Report on vaccination in the Province of Bengal - 1874-1889
Year: 1874
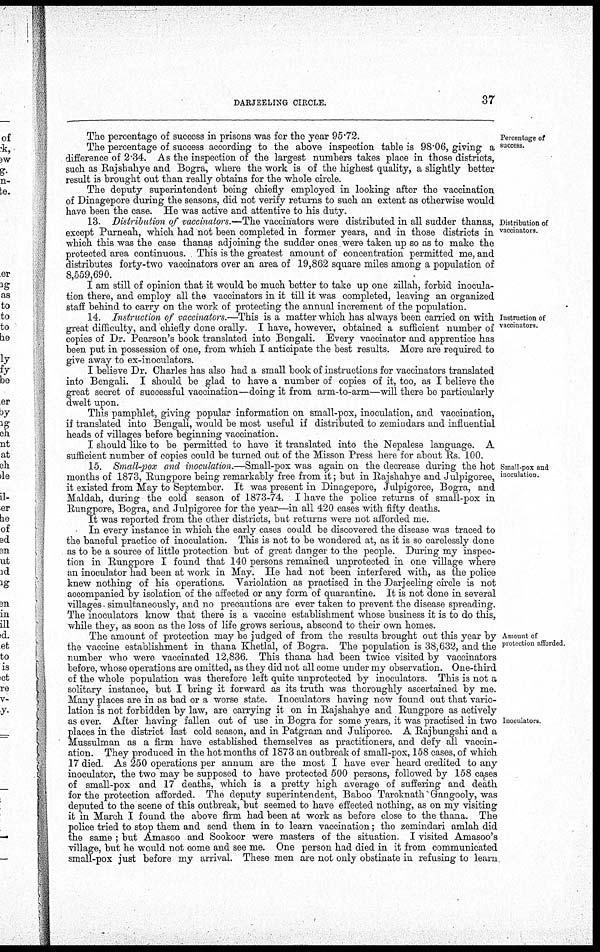
DARJEELING CIRCLE.
37
Percentage of
success.
The percentage of success in prisons was for the year 95.72.
The percentage of success according to the above inspection table is 98.06, giving a
difference of 2.34. As the inspection of the largest numbers takes place in those districts,
such as Rajshahye and Bogra, where the work is of the highest quality, a slightly better
result is brought out than really obtains for the whole circle.
The deputy superintendent being chiefly employed in looking after the vaccination
of Dinagepore during the seasons, did not verify returns to such an extent as otherwise would
have been the case. He was active and attentive to his duty.
Distribution of
vaccinators.
13. Distribution of vaccinators.—The vaccinators were distributed in all sudder thanas,
except Purneah, which had not been completed in former years, and in those districts in
which this was the case thanas adjoining the sudder ones were taken up so as to make the
protected area continuous. This is the greatest amount of concentration permitted me, and
distributes forty-two vaccinators over an area of 19,862 square miles among a population of
8,559,690.
I am still of opinion that it would be much better to take up one zillah, forbid inocula-
tion there, and employ all the vaccinators in it till it was completed, leaving an organized
staff behind to carry on the work of protecting the annual increment of the population.
Instruction of
vaccinators.
14. Instruction of vaccinators.—This is a matter which has always been carried on with
great difficulty, and chiefly done orally. I have, however, obtained a sufficient number of
copies of Dr. Pearson's book translated into Bengali. Every vaccinator and apprentice has
been put in possession of one, from which I anticipate the best results. More are required to
give away to ex-inoculators.
I believe Dr. Charles has also had a small book of instructions for vaccinators translated
into Bengali. I should be glad to have a number of copies of it, too, as I believe the
great secret of successful vaccination—doing it from arm-to-arm—will there be particularly
dwelt upon.
This pamphlet, giving popular information on small-pox, inoculation, and vaccination,
if translated into Bengali, would be most useful if distributed to zemindars and influential
heads of villages before beginning vaccination.
Small-pox and
inoculation.
I should like to be permitted to have it translated into the Nepalese language. A
sufficient number of copies could be turned out of the Misson Press here for about Rs. 100.
15. Small-pox and inoculation.—Small-pox was again on the decrease during the hot
months of 1873, Rungpore being remarkably free from it; but in Rajshahye and Julpigoree,
it existed from May to September. It was present in Dinagepore, Julpigoree, Bogra, and
Maldah, during the cold season of 1873-74. I have the police returns of small-pox in
Rungpore, Bogra, and Julpigoree for the year—in all 420 cases with fifty deaths.
It was reported from the other districts, but returns were not afforded me.
In every instance in which the early cases could be discovered the disease was traced to
the baneful practice of inoculation. This is not to be wondered at, as it is so carelessly done
as to be a source of little protection but of great danger to the people. During my inspec-
tion in Rungpore I found that 140 persons remained unprotected in one village where
an inoculator had been at work in May. He had not been interfered with, as the police
knew nothing of his operations. Variolation as practised in the Darjeeling circle is not
accompanied by isolation of the affected or any form of quarantine. It is not done in several
villages simultaneously, and no precautions are ever taken to prevent the disease spreading.
The inoculators know that there is a vaccine establishment whose business it is to do this,
while they, as soon as the loss of life grows serious, abscond to their own homes.
Amount of
protection afforded.
Inoculators.
The amount of protection may be judged of from the results brought out this year by
the vaccine establishment in thana Khetlal, of Bogra. The population is 38,632, and the
number who were vaccinated 12,836. This thana had been twice visited by vaccinators
before, whose operations are omitted, as they did not all come under my observation. One-third
of the whole population was therefore left quite unprotected by inoculators. This is not a
solitary instance, but I bring it forward as its truth was thoroughly ascertained by me.
Many places are in as bad or a worse state. Inoculators having now found out that vario-
lation is not forbidden by law, are carrying it on in Rajshahye and Rungpore as actively
as ever. After having fallen out of use in Bogra for some years, it was practised in two
places in the district last cold season, and in Patgram and Juliporee. A Rajbungshi and a
Mussulman as a firm have established themselves as practitioners, and defy all vaccin-
ation. They produced in the hot months of 1873 an outbreak of small-pox, 158 cases, of which
17 died. As 250 operations per annum are the most I have ever heard credited to any
inoculator, the two may be supposed to have protected 500 persons, followed by 158 cases
of small-pox and 17 deaths, which is a pretty high average of suffering and death
for the protection afforded. The deputy superintendent, Baboo Taroknath Gangooly, was
deputed to the scene of this outbreak, but seemed to have effected nothing, as on my visiting
it in March I found the above firm had been at work as before close to the thana. The
police tried to stop them and send them in to learn vaccination; the zemindari amlah did
the same ; but Amasoo and Sookoor were masters of the situation. I visited Amasoo's
village, but he would not come and see me. One person had died in it from communicated
small-pox just before my arrival. These men are not only obstinate in refusing to learn